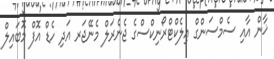
ޚާން އާއި ސެމްސަންގް އިލެކްޓްރޯނިކްސްގެ ޖެނެރަލް މެނޭޖަރ އަދި ހެޑް އޮފް މޮބައިލް